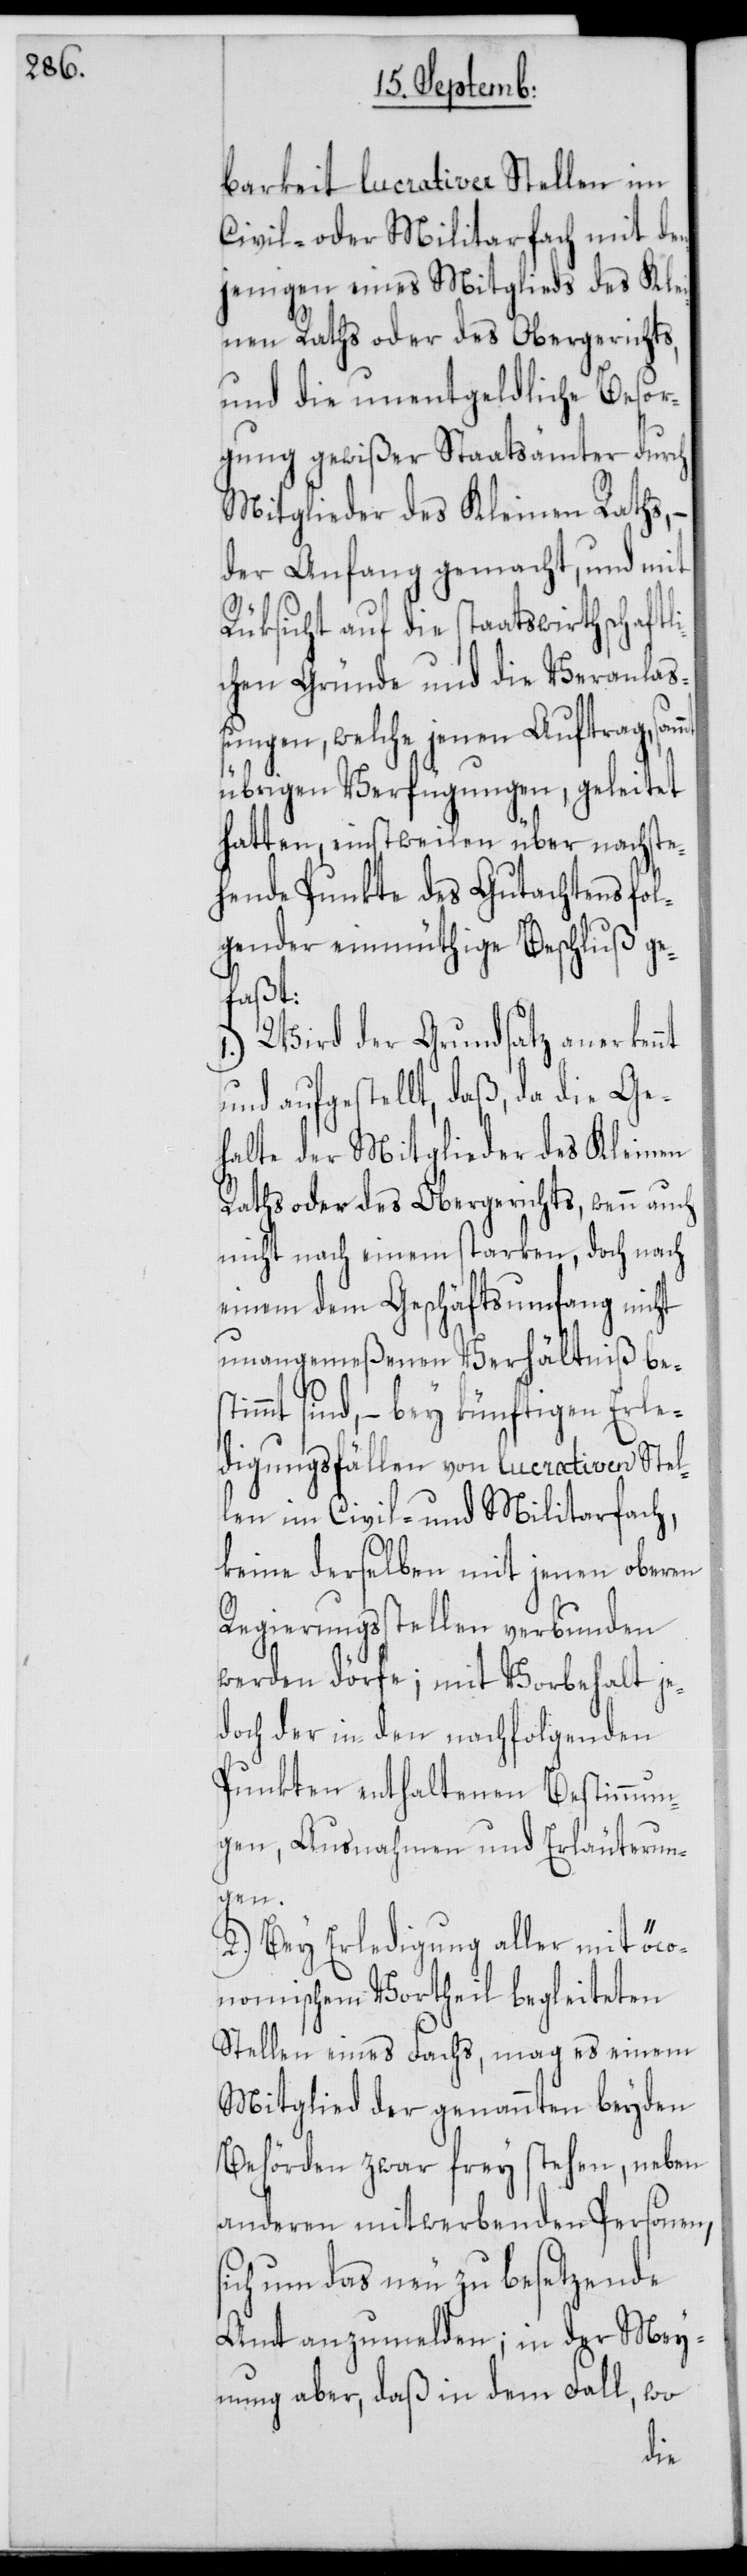
barkeit lucrativer Stellen im
Civil- oder Militarfach mit den¬
jenigen eines Mitglieds des Klei¬
nen Raths oder des Obergerichts,
und die unentgeldliche Besor¬
gung gewißer Staatsämter durch
Mitglieder des Kleinen Raths,
der Anfang gemacht, und mit
Rüksicht auf die staatswirthschaftl¬
ichen Gründe und die Veranlaß¬
ungen, welche jenen Auftrag,
übrigen Verfügungen, geleitet
hatten, einstweilen über nachste¬
hende Punkte des Gutachtens fol¬
gender einmütige Beschluß ge¬
faßt:
1.) Wird der Grundsatz anerkennt
und aufgestellt, daß, da die Ge¬
halte der Mitglieder des Kleinen
Raths oder des Obergerichts, wenn auch
nicht nach einem starken, doch nach
einem dem Geschäftsumfang nicht
unangemeßenen Verhältniß best¬
immt sind, – bey künftigen Erle¬
digungsfällen von lucrativen Stel¬
len im Civil- und Militarfach,
keine derselben mit jenen oberen
Regierungsstellen verbunden
werden dörfe; mit Vorbehalt je¬
doch der in den nachfolgenden
Punkten enthaltenen Bestimmun¬
gen, Ausnahmen und Erläuterun¬
gen.
2.) Bey Erledigung aller mit öko¬
nomischem Vortheil begleiteten
Stellen eines Fachs, mag es einem
Mitglied der genannten beyden
Behörden zwar freystehen, neben
anderen mitwerbenden Personen,
sich um das neu zu besetzende
Amt anzumelden; in der Mey¬
nung aber, daß in dem Fall, wo